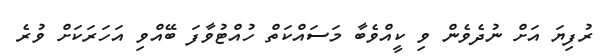
ރުފިޔަަ އަށް ނުދެވެން ވި ކީއްވެބާ މަސައްކަތް ހުއްޓުވާފަ ބޭއްވި އަހަރަކަށް ވުރެ